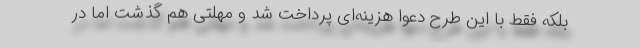
بلکه فقط با این طرح دعوا هزینه‌ای پرداخت شد و مهلتی هم گذشت اما در